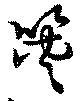
筴